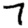
Digit: 7